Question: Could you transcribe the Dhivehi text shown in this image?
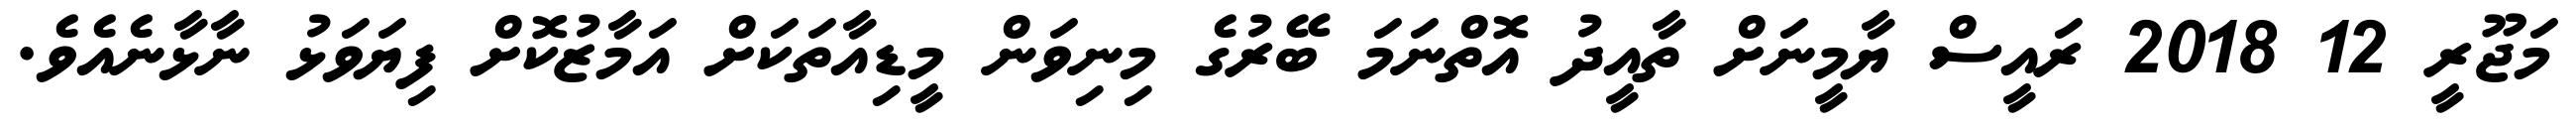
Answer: މަޖޫރީ 12 2018 ރައީސް ޔާމީނަށް ތާއީދު އޮތްނަމަ ބޭރުގެ މިނިވަން މީޑިއާތަކަށް އަމާޒުކޮށް ފިޔަވަޅު ނާޅާނެއެވެ.